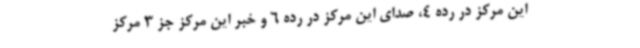
این مرکز در رده 4، صدای این مرکز در رده 6 و خبر این مرکز جز 3 مرکز